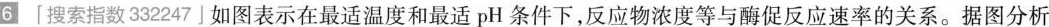
6「搜索指数332247」如图表示在最适温度和最适pH条件下，反应物浓度等与酶促反应速率的关系。据图分析